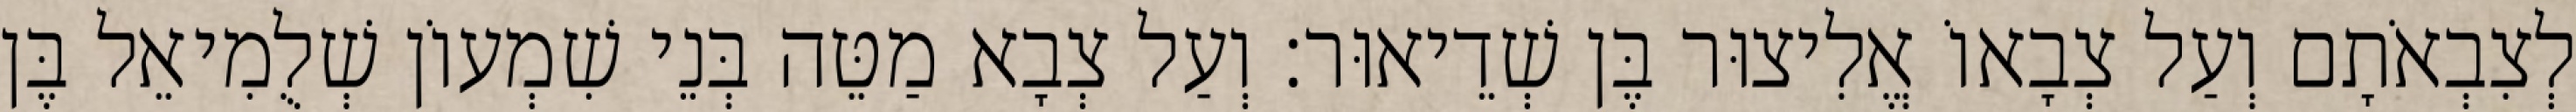
לְצִבְאֹתָם וְעַל צְבָאוֹ אֱלִיצוּר בֶּן שְׁדֵיאוּר׃ וְעַל צְבָא מַטֵּה בְּנֵי שִׁמְעוֹן שְׁלֻמִיאֵל בֶּן